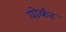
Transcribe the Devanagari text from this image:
योर्कर